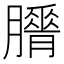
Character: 𦢕